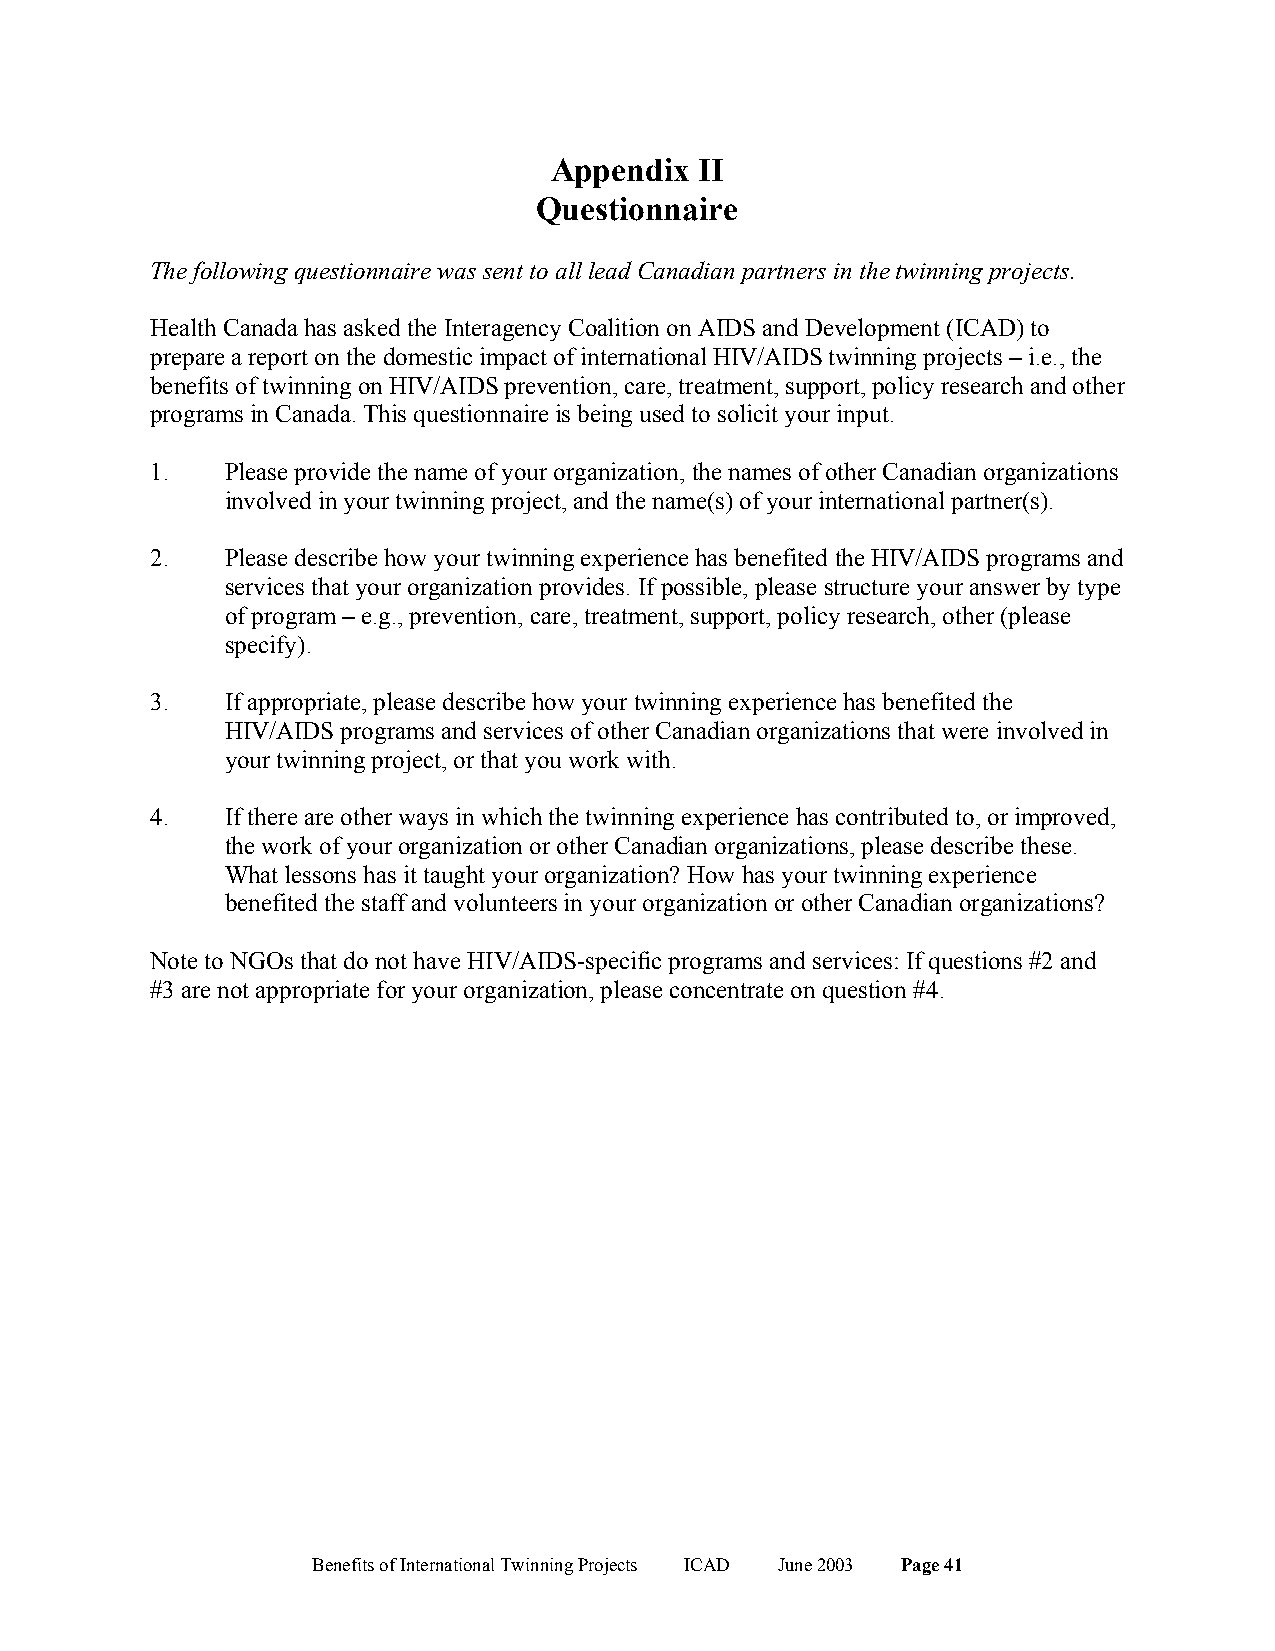
Appendix  II
 Questionnaire
 The following questionnaire was sent to all lead Canadian partners in the twinning projects.
 Health Canada has asked the Interagency Coalition on AIDS and Development (ICAD) to
 prepare a report on the domestic impact of international HIV/AIDS twinning projects – i.e., the
 benefits of twinning on HIV/AIDS prevention, care, treatment, support, policy research and other
 programs in Canada. This questionnaire is being used to solicit your input.
 1.   Please provide the name of your organization, the names of other Canadian organizations
 involved in your twinning project, and the name(s) of your international partner(s).
 2.   Please describe how your twinning experience has benefited the HIV/AIDS programs and
 services that your organization provides. If possible, please structure your answer by type
 of program – e.g., prevention, care, treatment, support, policy research, other (please
 specify).
 3.   If appropriate, please describe how your twinning experience has benefited the
 HIV/AIDS programs and services of other Canadian organizations that were involved in
 your twinning project, or that you work with.
 4.   If there are other ways in which the twinning experience has contributed to, or improved,
 the work of your organization or other Canadian organizations, please describe these.
 What lessons has it taught your organization? How has your twinning experience
 benefited the staff and volunteers in your organization or other Canadian organizations?
 Note to NGOs that do not have HIV/AIDS-specific programs and services: If questions #2 and
 #3 are not appropriate for your organization, please concentrate on question #4.
 Benefits of International Twinning Projects ICAD June 2003 Page 41